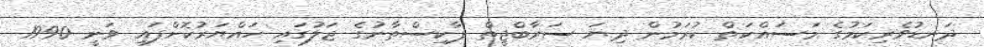
ދަނޑުވެރިކަމުގެ މަސައްކަތް ކުރަމުން ދިޔަ ސަރާބްޖީތް ޕާކިސްތާނުގެ ޖަލުގައި ހައްޔަރުކޮށްފައި ވަނީ 1990